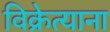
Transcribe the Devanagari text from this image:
विक्रेत्याना